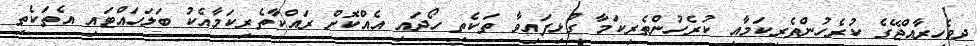
ދިވެހިރާއްޖޭގެ ކުރެހުންތެރިކަމާއި ކުރެހުންތެރިކަމާ ގުޅިފައިވާ ތަކެތި ހޯދައި އެއްކޮށް ރައްކާތެރިކަމާއެކު ބަލަހައްޓައި އެތަކެތި